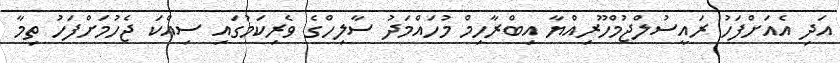
އަދި އެއަށްފަހު ރައީސުލްޖުމްހޫރިއްޔާ އިބްރާހިމް މުހައްމަދު ސާލިހްގެ ވެރިކަމުގައި ސިއްކަ ޖެހުމަށްފަހު ތިމާ